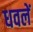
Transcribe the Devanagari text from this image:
धवलें